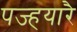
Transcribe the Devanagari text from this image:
पज्हयारै